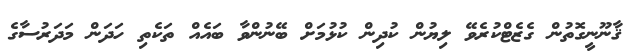
ޤާނޫނީގޮތުން ގެޒެޓްކުރެވޭ ލިޔުން ކުދިން ކުޅުމަށް ބޭނުންވާ ބައެއް ތަކެތި ހަދަން މަދަރުސާގެ